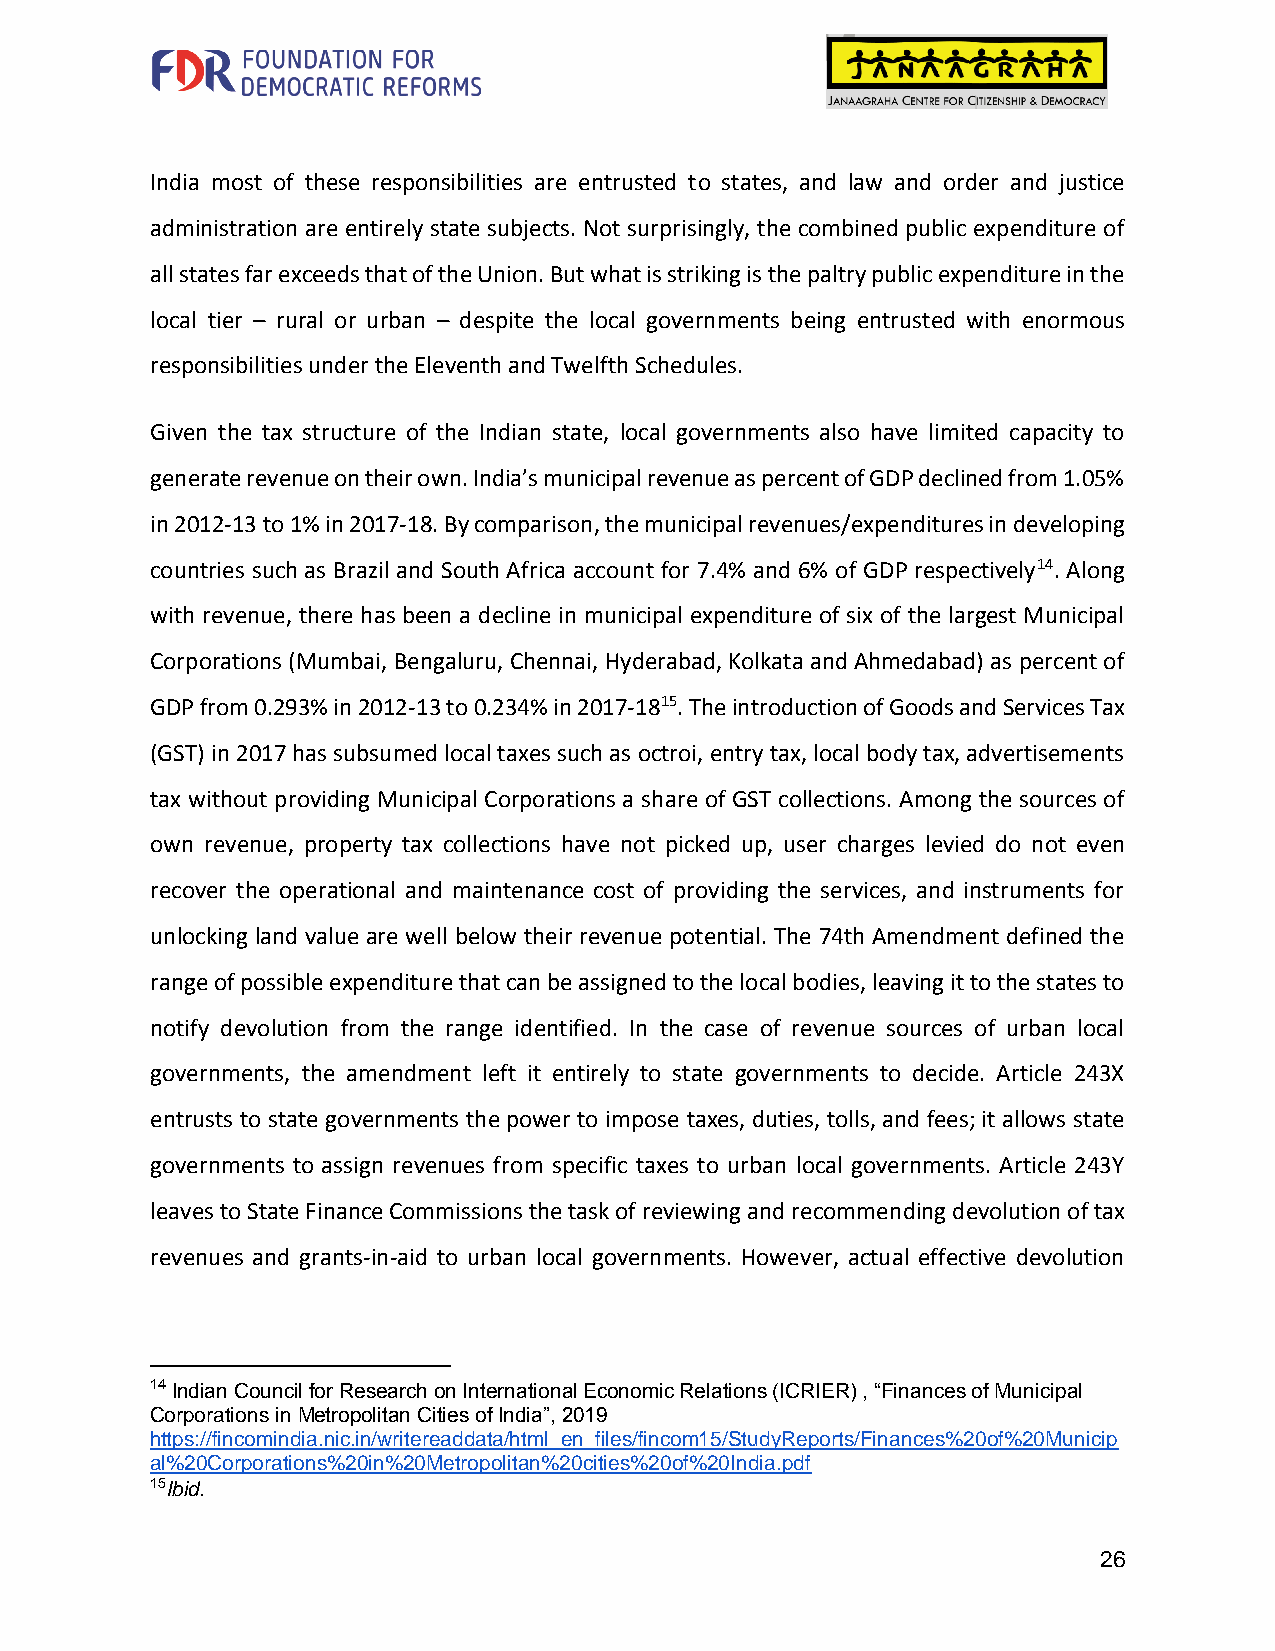
India most of these responsibilities are entrusted to states, and law and order and justice
 administration are entirely state subjects. Not surprisingly, the combined public expenditure of
 all states far exceeds that of the Union. But what is striking is the paltry public expenditure in the
 local tier – rural or urban – despite the local governments being entrusted with enormous
 responsibilities under the Eleventh and Twelfth Schedules.
 Given the tax structure of the Indian state, local governments also have limited capacity to
 generate revenue on their own. India’s municipal revenue as percent of GDP declined from 1.05%
 in 2012-13 to 1% in 2017-18. By comparison, the municipal revenues/expenditures in developing
 countries such as Brazil and South Africa account for 7.4% and 6% of GDP respectively14. Along
 with revenue, there has been a decline in municipal expenditure of six of the largest Municipal
 Corporations (Mumbai, Bengaluru, Chennai, Hyderabad, Kolkata and Ahmedabad) as percent of
 GDP from 0.293% in 2012-13 to 0.234% in 2017-1815. The introduction of Goods and Services Tax
 (GST) in 2017 has subsumed local taxes such as octroi, entry tax, local body tax, advertisements
 tax without providing Municipal Corporations a share of GST collections. Among the sources of
 own revenue, property tax collections have not picked up, user charges levied do not even
 recover the operational and maintenance cost of providing the services, and instruments for
 unlocking land value are well below their revenue potential. The 74th Amendment defined the
 range of possible expenditure that can be assigned to the local bodies, leaving it to the states to
 notify devolution from the range identified. In the case of revenue sources of urban local
 governments, the amendment left it entirely to state governments to decide. Article 243X
 entrusts to state governments the power to impose taxes, duties, tolls, and fees; it allows state
 governments to assign revenues from specific taxes to urban local governments. Article 243Y
 leaves to State Finance Commissions the task of reviewing and recommending devolution of tax
 revenues and grants-in-aid to urban local governments. However, actual effective devolution
 14 Indian Council for Research on International Economic Relations (ICRIER) , “Finances of Municipal
 Corporations in Metropolitan Cities of India”, 2019
 https://fincomindia.nic.in/writereaddata/html_en_files/fincom15/StudyReports/Finances%20of%20Municip
 al%20Corporations%20in%20Metropolitan%20cities%20of%20India.pdf
 15Ibid.
 26